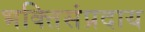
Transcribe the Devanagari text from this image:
भक्तिसंप्रदाय